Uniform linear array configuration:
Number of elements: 4
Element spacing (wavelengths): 1
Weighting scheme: kaiser
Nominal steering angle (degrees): -30
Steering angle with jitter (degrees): -28.847
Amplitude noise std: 0.05
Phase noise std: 0.05

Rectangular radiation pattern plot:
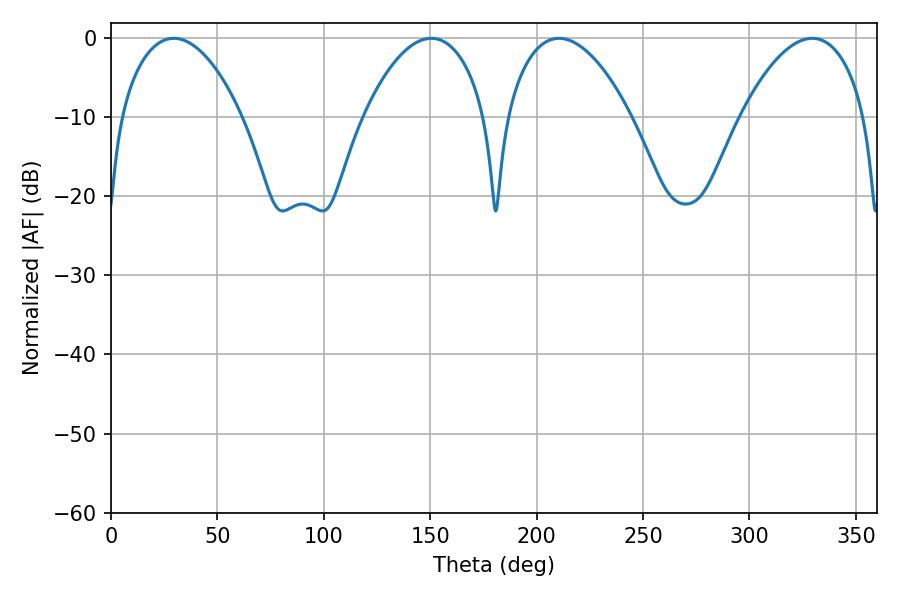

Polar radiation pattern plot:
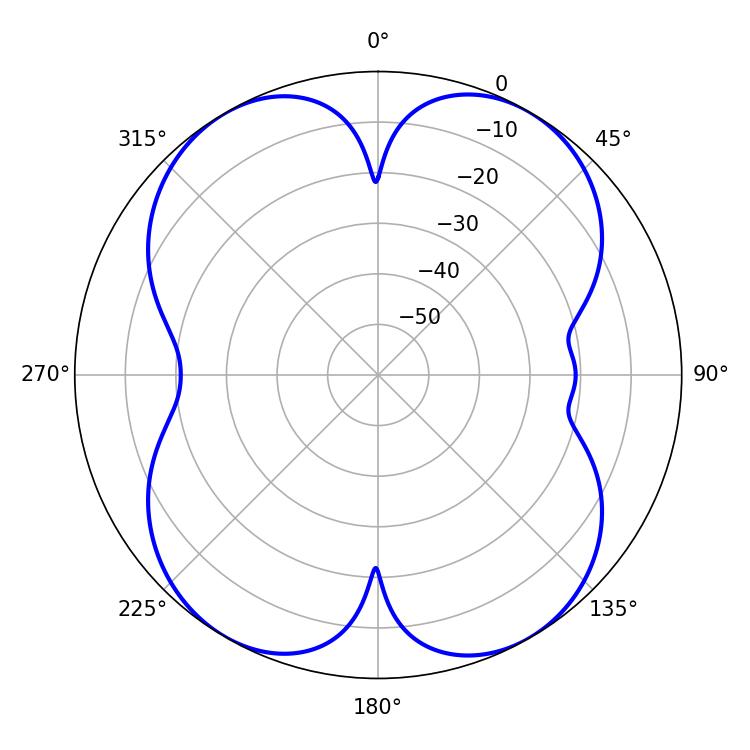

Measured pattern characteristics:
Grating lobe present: TRUE
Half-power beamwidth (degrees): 32.22
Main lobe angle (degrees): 150.48